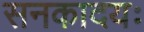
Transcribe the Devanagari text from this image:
सनकादयः